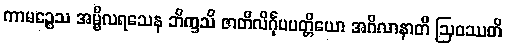
ကာမဉ္စေသ အမ္ဗိလရသေန ဘိက္ခသိ ဇာတိလိင်္ဂုပပတ္တိယော အဂိလာနာတိ ဩဝဿတိ